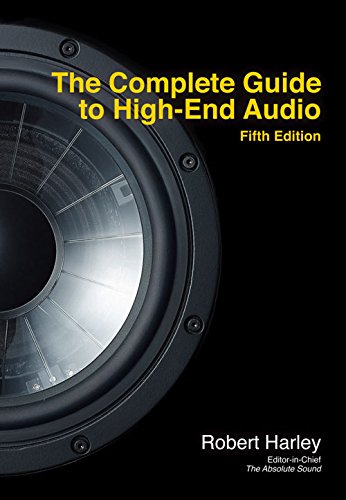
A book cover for The Complete Guide to High-End Audio; Robert Harley; Science & Math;